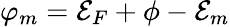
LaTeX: \varphi_{m}={\cal E}_{F}+\phi-{\cal E}_{m}